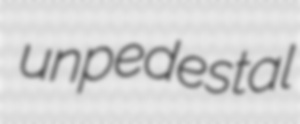
unpedestal